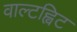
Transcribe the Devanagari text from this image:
वाल्टह्विट